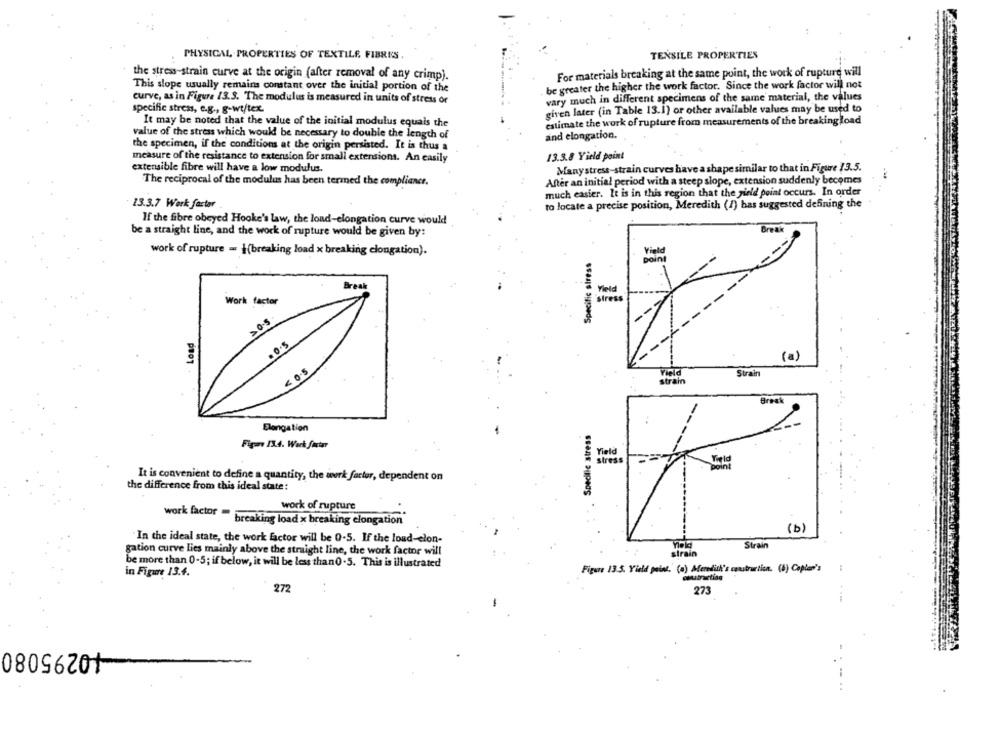
PHYSICAL PROPERTIES OF TEXTILE FIBRES
TENSILE PROPERTIES
For materials breaking at the same point, the work of rupture will
the stress-strain curve at the origin (after removal of any crimp).
This slope usually remains constant over the initial portion of the
be greater the higher the work factor. Since the work factor will not
curve, as in Figure 13.3. The modulus is measured in units of stress or
vary much in different specimens of the same material, the values
specific stress, e.g ., g-wt/tex.
given later (in Table 13.1) or other available values may be used to
It may be noted that the value of the initial modulus equais the
estimate the work of rupture from measurements of the breaking load
value of the stress which would be necessary to double the length of
and elongation.
the specimen, if the conditions at the origin persisted. It is thus a
measure of the resistance to extension for small extensions. An easily
13.3.8 Yield point
extensible fibre will have a low modulus.
Manystress-strain curves have a shape similar to that in Figure 13.5.
The reciprocal of the modulus has been termed the compliance.
After an initial period with a steep slope, extension suddenly becomes
much easier. It is in this region that the field poial occurs. In order
13.3.7 Werk fartar
to locate a precise position, Meredith (1) has suggested defining the
If the fibre obeyed Hooke's law, the load-elongation curve would
be a straight line, and the work of rupture would be given by:
work of rupture - |(breaking load x breaking elongation).
Specific stress
Yield
point
Yield
Work factor
stress
. 0-5
(a)
< 0.5
Strain
strain
Elongation
Specific stress
Figure 13.4. Work furtar
Yield
stress
It is convenient to define a quantity, the work farter, dependent on
the difference from this ideal state:
work of rupture
work factor - breaking load x breaking elongation
(b)
In the ideal state, the work factor will be 0.5. If the load-elon-
Strain
gation curve Lies mainly above the straight line, the work factor will
strain
be more than 0-5; if below, it will be less than0.5. This is illustrated
Figure 13.5. Yield paint. (a) Meredith's construction. (6) Coplan's
in Figure 13.4.
272
273
-
40295080